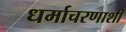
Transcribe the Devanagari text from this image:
धर्माचरणाशी